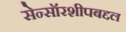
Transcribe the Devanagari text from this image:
सेन्सॉरशीपबद्दल